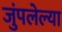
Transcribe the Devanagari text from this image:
जुंपलेल्या